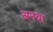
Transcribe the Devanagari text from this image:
अनया